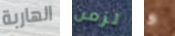
الهاربة لزمن و